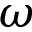
\omega